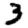
Digit: 3